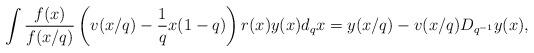
LaTeX: \begin{align*} \int \frac{f(x)}{f(x/q)}\left ( v(x/q) -\frac{1}{q} x (1-q) \right) r(x) y(x)d_qx = y(x/q) - v(x/q) D_{q^{-1}} y(x), \end{align*}